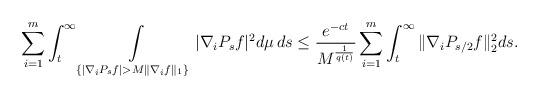
LaTeX: \begin{align*}\sum_{i=1}^m \int_t^{\infty} \int\limits_{\{ | \nabla_i P_s f | > M \|\nabla_i f \|_1 \}} |\nabla_i P_s f|^2 d\mu \, ds \leq \frac{e^{-ct}}{M^{\frac{1}{q(t)}}} \sum_{i=1}^m \int_t^{\infty} \|\nabla_i P_{s/2} f \|_2^2 ds.\end{align*}